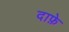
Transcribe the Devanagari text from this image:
दाफ़े